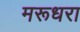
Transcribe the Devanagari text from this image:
मरूधरा